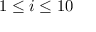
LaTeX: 1 \leq i \leq 1 0